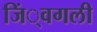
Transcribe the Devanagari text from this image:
जिं्वगली